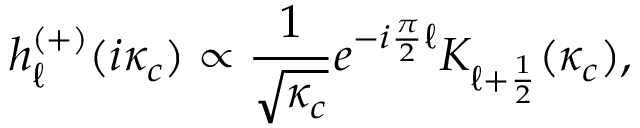
h _ { \ell } ^ { ( + ) } ( i \kappa _ { c } ) \propto \frac { 1 } { \sqrt { \kappa _ { c } } } e ^ { - i \frac { \pi } { 2 } \ell } K _ { \ell + \frac { 1 } { 2 } } ( \kappa _ { c } ) ,